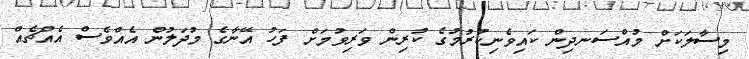
މިސާލަކަށް މުއްސަނދިން ކައިވެނިކުރުމުގެ ކުރިން ވަރިވުމަށް ފަހު އޭނާގެ މުދަލުން އެއްވެސް އެއްޗެއް